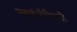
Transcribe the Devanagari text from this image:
महाइंजीनियरी